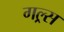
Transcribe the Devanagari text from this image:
गल्र्स